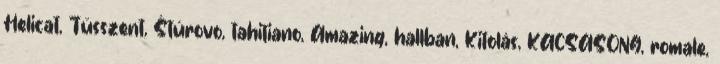
Helicat, Tüsszent, Štúrovo, tahitiano, Amazing, hallban, Kitolás, KACSASONG, romale,